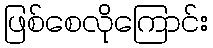
ဖြစ်စေလိုကြောင်း